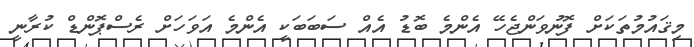
މިޤައުމުތަކަށް ފޮނުވަންޖެހޭ އެންމެ ބޮޑު އެއް ސަބަބަކީ އެންމެ އަވަހަށް ރެސްޕޮންޑް ކުރާނީ